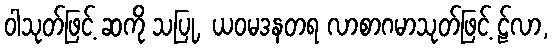
ဝါသုတ်ဖြင့် ဆကို သပြု, ယဝမဒနတရ လာစာဂမာသုတ်ဖြင့် ဠ်လာ,